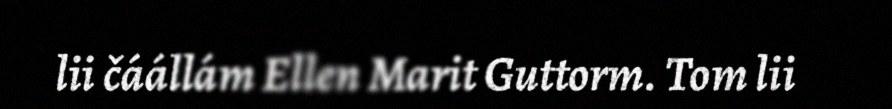
lii čáállám Ellen Marit Guttorm. Tom lii